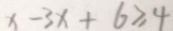
x - 3 x + 6 \geq 4